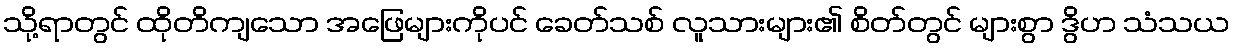
သို့ရာတွင် ထိုတိကျသော အဖြေများကိုပင် ခေတ်သစ် လူသားများ၏ စိတ်တွင် များစွာ ဒွိဟ သံသယ